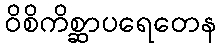
ဝိစိကိစ္ဆာပရေတေန